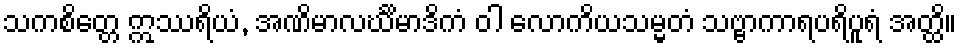
သကစိတ္တေ ဣဿရိယံ, အဏိမာလင်္ဃိမာဒိကံ ဝါ လောကိယသမ္မတံ သဗ္ဗာကာရပရိပူရံ အတ္ထိ။